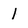
Character: I